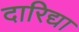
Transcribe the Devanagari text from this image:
दारिद्या